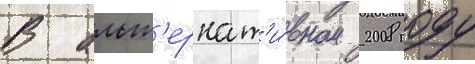
В альт'ернат'и́вном 2008 году